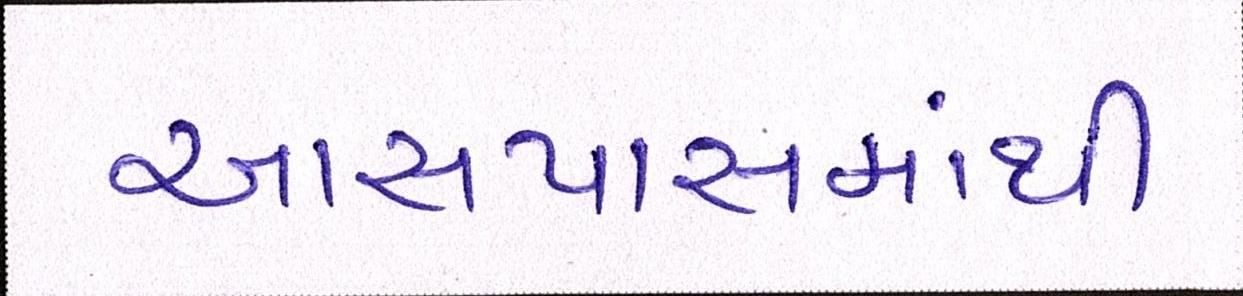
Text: આસપાસમાંથી